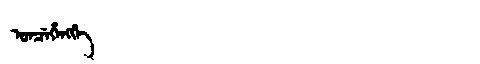
Manchu: ᡠᠨᠴᡝᡥᡝᠩᡤᡝ
Romanization: UNCEHENGGE